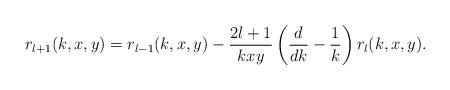
LaTeX: \begin{align*}r_{l+1}(k,x,y)= r_{l-1}(k,x,y) - \frac{2l+1}{k x y} \left(\frac{d}{dk} - \frac{1}{k}\right) r_l(k,x,y).\end{align*}